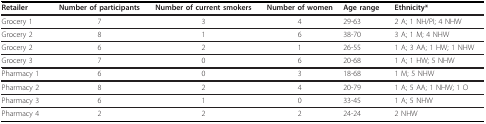
<table><thead><tr><td><b>Retailer</b></td><td><b>Number of participants</b></td><td><b>Number of current smokers</b></td><td><b>Number of women</b></td><td><b>Age range</b></td><td><b>Ethnicity*</b></td></tr></thead><tbody><tr><td>Grocery 1</td><td>7</td><td>3</td><td>4</td><td>29-63</td><td>2 A; 1 NH/PI; 4 NHW</td></tr><tr><td>Grocery 2</td><td>8</td><td>1</td><td>6</td><td>38-70</td><td>3 A; 1 M; 4 NHW</td></tr><tr><td>Grocery 2</td><td>6</td><td>2</td><td>1</td><td>26-55</td><td>1 A; 3 AA; 1 HW; 1 NHW</td></tr><tr><td>Grocery 3</td><td>7</td><td>0</td><td>6</td><td>20-68</td><td>1 A; 1 HW; 5 NHW</td></tr><tr><td>Pharmacy 1</td><td>6</td><td>0</td><td>3</td><td>18-68</td><td>1 M; 5 NHW</td></tr><tr><td>Pharmacy 2</td><td>8</td><td>2</td><td>4</td><td>20-79</td><td>1 A; 5 AA; 1 NHW; 1 O</td></tr><tr><td>Pharmacy 3</td><td>6</td><td>1</td><td>0</td><td>33-45</td><td>1 A; 5 NHW</td></tr><tr><td>Pharmacy 4</td><td>2</td><td>2</td><td>2</td><td>24-24</td><td>2 NHW</td></tr></tbody></table>